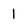
Character: 1